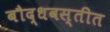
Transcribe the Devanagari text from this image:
बौद्धवस्तीत